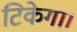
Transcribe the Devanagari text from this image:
टिकेगा।